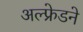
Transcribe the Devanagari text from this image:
अल्फ्रेडने